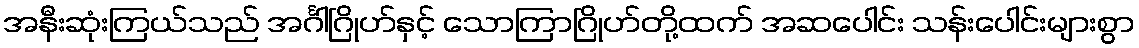
အနီးဆုံးကြယ်သည် အင်္ဂါဂြိုဟ်နှင့် သောကြာဂြိုဟ်တို့ထက် အဆပေါင်း သန်းပေါင်းများစွာ